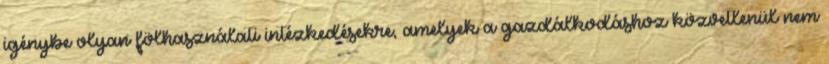
igénybe olyan fölhasználati intézkedésekre, amelyek a gazdálkodáshoz közvetlenül nem